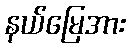
နယ်မြေအား